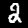
Label: 2